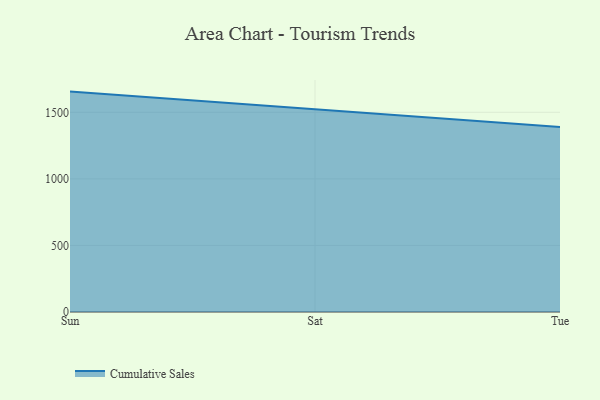
{"axis": {"x": "Day", "y": "Market Share (%)"}, "legend": ["Cumulative Sales"], "data": [{"x": "Sun", "y": 1655.5, "type": "Cumulative Sales"}, {"x": "Sat", "y": 1521.6, "type": "Cumulative Sales"}, {"x": "Tue", "y": 1389.3, "type": "Cumulative Sales"}]}